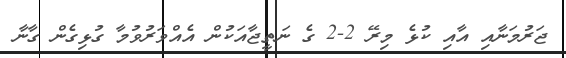
ޖަރުމަނާއި އާއި ކުޅެ މިރޭ 2-2 ގެ ނަތީޖާއަކުން އެއްވަރުވުމާ ގުޅިގެން ގާނާ